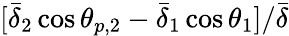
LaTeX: [\bar{\delta}_{2}\cos\theta_{p,2}-\bar{\delta}_{1}\cos\theta_{1}]/\bar{\delta}